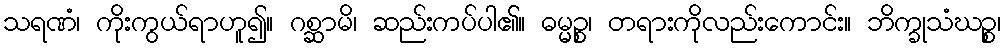
သရဏံ၊ ကိုးကွယ်ရာဟူ၍။ ဂစ္ဆာမိ၊ ဆည်းကပ်ပါ၏။ ဓမ္မဉ္စ၊ တရားကိုလည်းကောင်း။ ဘိက္ခုသံဃဉ္စ၊